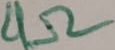
Text: 4Ω